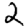
Digit: 2